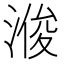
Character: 𪶠